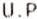
U.P